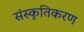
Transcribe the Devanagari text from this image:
संस्‍कृतिकरण